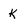
Character: K